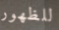
للظهور